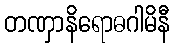
တဏှာနိရောဓဂါမိနီ